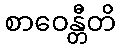
စာဝေန္တီတိ